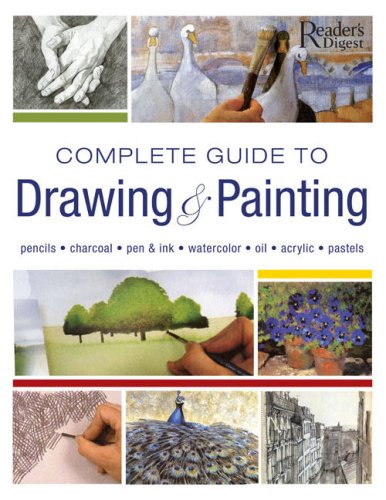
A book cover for Complete Guide to Drawing and Painting: Pencils, Charcoal, Pen & Ink, Watercolors, Oil, Acrylic, Pastels; Editors of Reader's Digest; Arts & Photography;